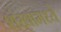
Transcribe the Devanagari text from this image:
शंखामध्ये